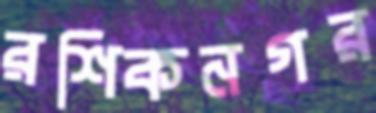
রশিকনগর